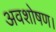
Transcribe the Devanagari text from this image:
अवशोषण।